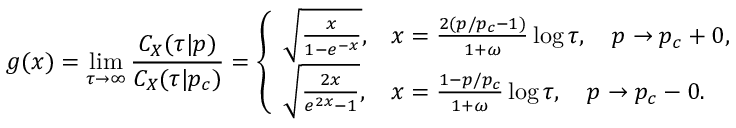
g ( x ) = \operatorname* { l i m } _ { \tau \rightarrow \infty } \frac { C _ { X } ( \tau | p ) } { C _ { X } ( \tau | p _ { c } ) } = \left\{ \begin{array} { l l } { \sqrt { \frac { x } { 1 - e ^ { - x } } } , } & { x = \frac { 2 ( p / p _ { c } - 1 ) } { 1 + \omega } \log \tau , \quad p \rightarrow p _ { c } + 0 , } \\ { \sqrt { \frac { 2 x } { e ^ { 2 x } - 1 } } , } & { x = \frac { 1 - p / p _ { c } } { 1 + \omega } \log \tau , \quad p \rightarrow p _ { c } - 0 . } \end{array} \right.